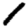
Digit: 1